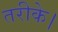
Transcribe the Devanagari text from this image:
तरीके।